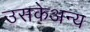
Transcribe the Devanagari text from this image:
उसकेअन्य